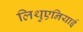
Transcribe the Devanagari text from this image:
लिथुएनियाई